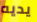
يديه